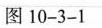
图10-3-1